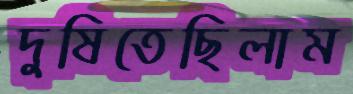
দুষিতেছিলাম